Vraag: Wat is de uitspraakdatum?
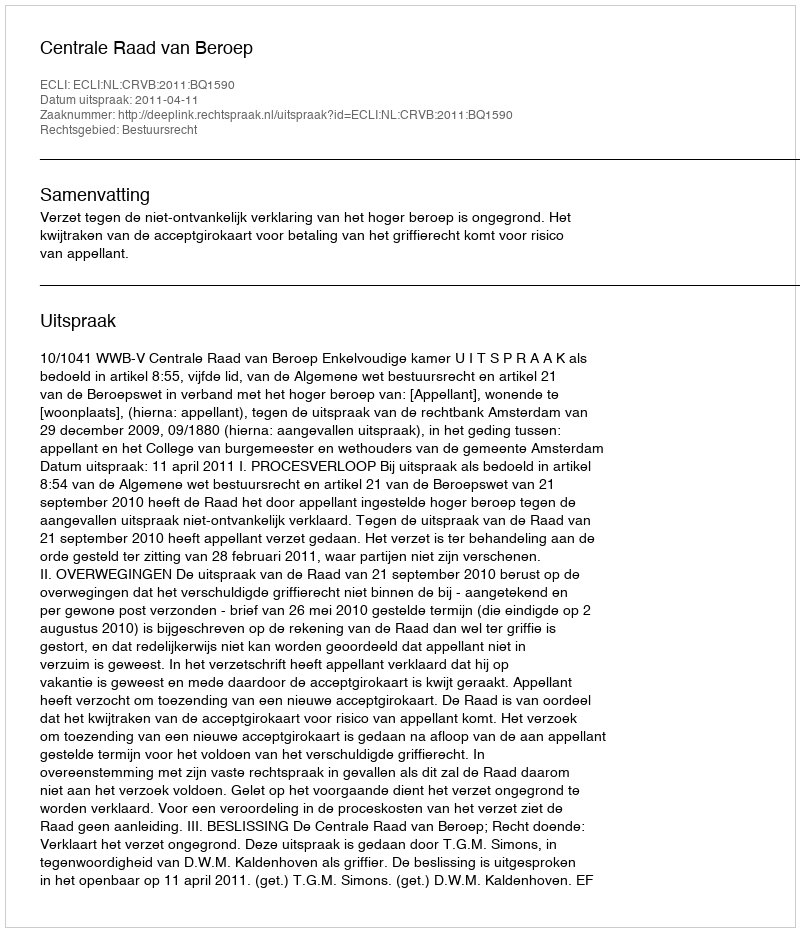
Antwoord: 2011-04-11